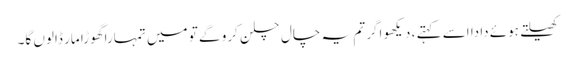
کھیلتے ہوئے دادا اسے کہتے ، دیکھو اگر تم یہ چال چلن کرو گے تو میں تمہارا گھوڑا مار ڈالوں گا۔